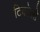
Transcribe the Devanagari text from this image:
टिकोलो